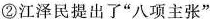
②江泽民提出了“八项主张”